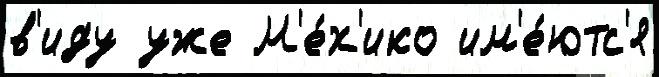
в'иду уже М'е́х'ико им'е́ютс'я